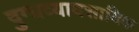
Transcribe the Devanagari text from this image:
दुग्धव्यावसायिक